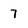
Character: 7